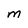
Character: M